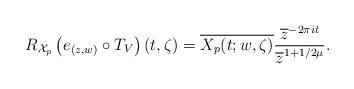
LaTeX: \begin{align*}R_{\mathcal{X}_p}\left(e_{(z,w)}\circ T_V\right)(t,\zeta) = \overline{X_p(t;w,\zeta)}\frac{\overline{z}^{-2\pi it}}{\overline{z}^{1+1/2\mu}}.\end{align*}